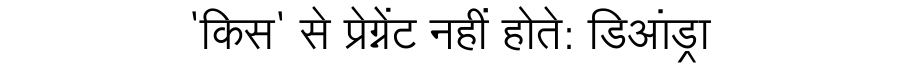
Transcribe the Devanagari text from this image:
'किस' से प्रेग्नेंट नहीं होते: डिआंड्रा